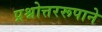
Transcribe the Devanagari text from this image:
प्रश्नोत्तररूपाने